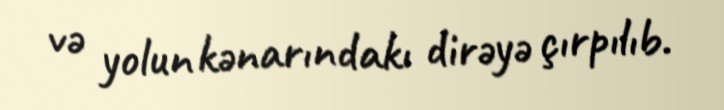
və yolun kənarındakı dirəyə çırpılıb.